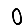
Digit: 0